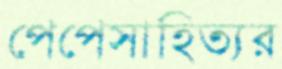
পেপেসাহিত্যর